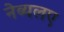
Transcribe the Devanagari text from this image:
नेब्यलए